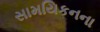
સામયિકનના